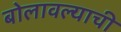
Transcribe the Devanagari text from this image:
बोलावल्याची